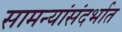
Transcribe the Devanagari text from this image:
सामन्यांसंदर्भात